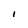
Character: I